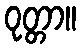
ဝုတ္တာ။